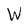
Character: W